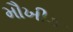
મૌખીક